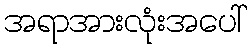
အရာအားလုံးအပေါ်